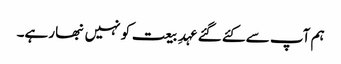
ہم آپ سے کئے گئے عہدِ بیعت کو نہیں نبھا رہے۔